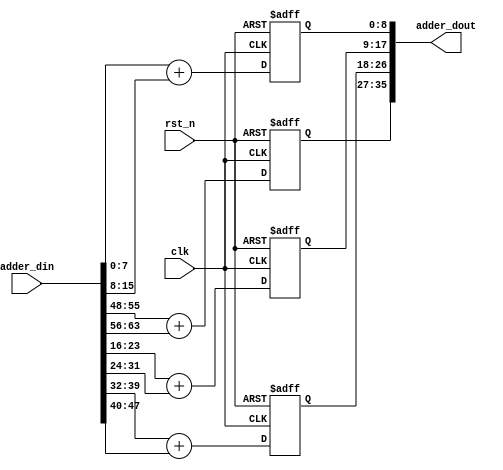
module adder_layer #(
	parameter ADDER_NUM = 4,
	parameter ADDER_WIDTH = 8
)(
	input clk,    // Clock
	input rst_n,  // Asynchronous reset active low
	input [ADDER_NUM * ADDER_WIDTH * 2 - 1:0]adder_din,

	output [ADDER_NUM * (ADDER_WIDTH + 1) - 1:0]adder_dout
);

genvar i;
generate
	for(i = 0;i < ADDER_NUM;i = i + 1) begin:adder_layer_gen
		wire [ADDER_WIDTH - 1:0]add1 = adder_din[2 * i * ADDER_WIDTH +: ADDER_WIDTH];
		wire [ADDER_WIDTH - 1:0]add2 = adder_din[(2 * i + 1) * ADDER_WIDTH +: ADDER_WIDTH];
		wire [ADDER_WIDTH:0]sum = add1 + add2;
		reg [ADDER_WIDTH:0]sum_reg;
		always @ (posedge clk or negedge rst_n) begin
			if(~rst_n) begin
				sum_reg <= 'b0;
			end else begin
				sum_reg <= sum;
			end
		end
		assign adder_dout[i * (ADDER_WIDTH + 1) +: ADDER_WIDTH + 1] = sum_reg;
	end
endgenerate

endmodule